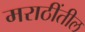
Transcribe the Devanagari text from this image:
मराठींतील